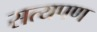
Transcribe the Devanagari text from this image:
सत्यपण